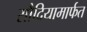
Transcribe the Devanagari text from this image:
सौदियामार्फत